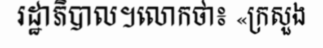
រដ្ឋាភិបាល។លោកថា៖ «ក្រសួង